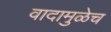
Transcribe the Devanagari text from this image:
वादामुळेच